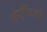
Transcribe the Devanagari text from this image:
आयुर्वेदिकची